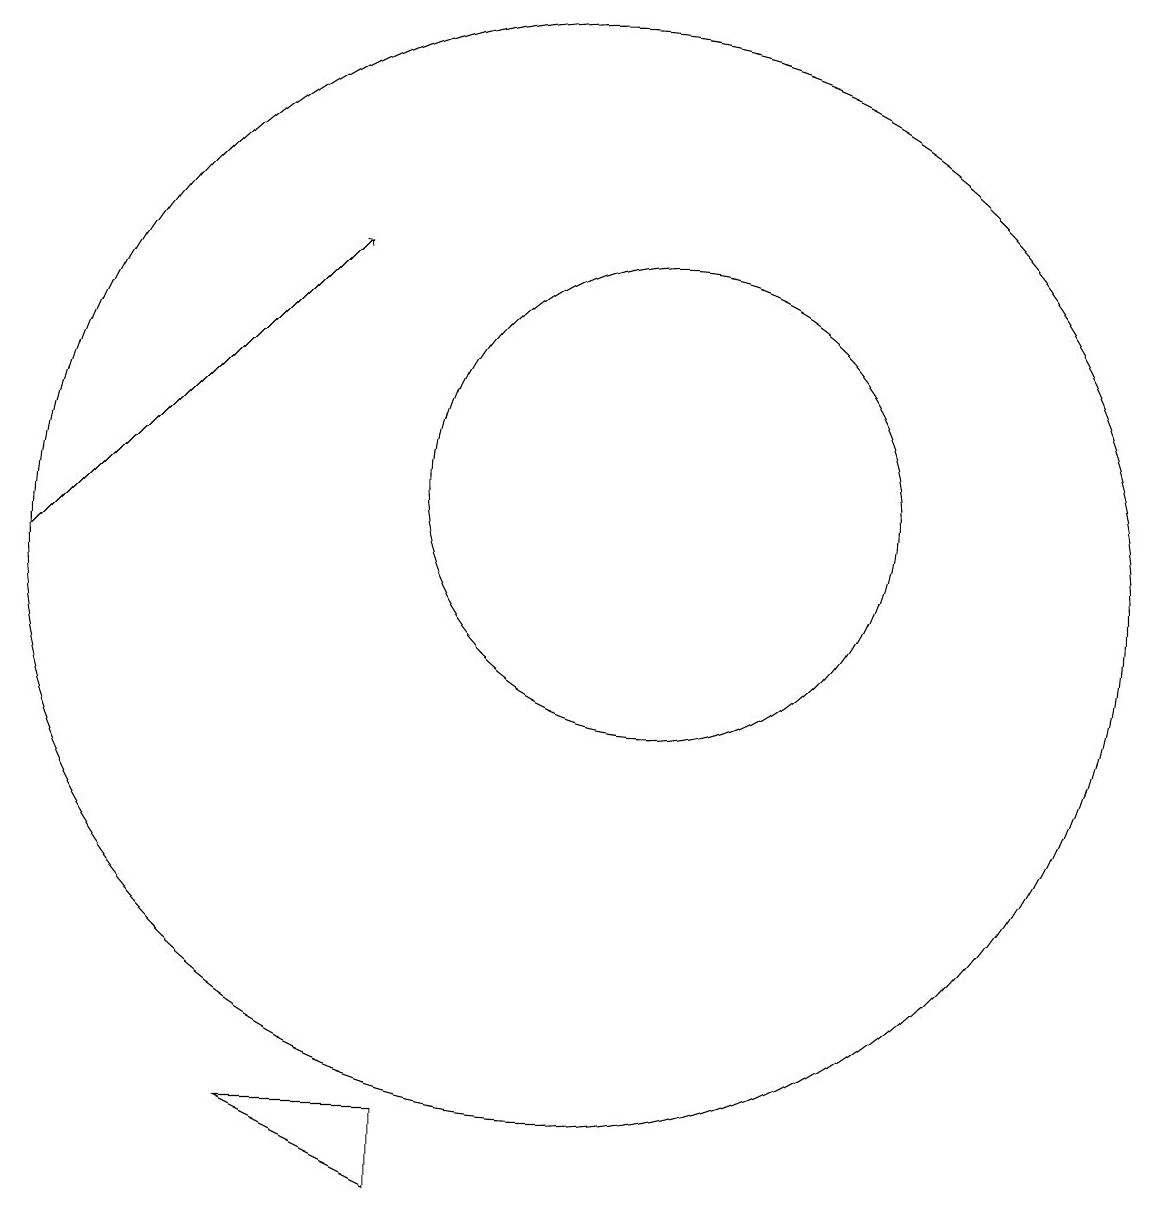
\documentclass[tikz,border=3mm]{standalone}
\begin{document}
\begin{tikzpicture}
\draw (11,11) circle (3);
\draw (8,2) -- (8,3) -- (6,3) -- cycle;
\draw[->] (3,10) -- (7,14);
\draw (10,10) circle (7);
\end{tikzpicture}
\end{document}